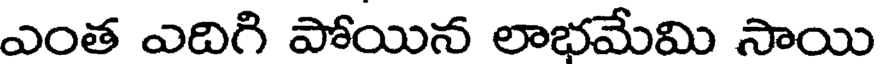
ఎంత ఎదిగి పోయిన లాభమేమి సాయి